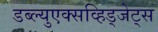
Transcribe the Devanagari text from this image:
डब्ल्युएक्सव्हिड्जेट्स